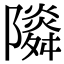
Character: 𨽃